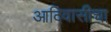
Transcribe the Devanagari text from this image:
आदिवासीचा